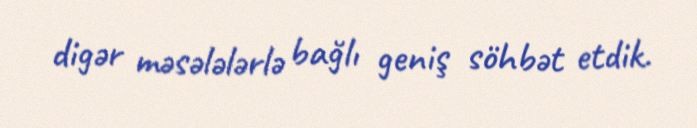
digər məsələlərlə bağlı geniş söhbət etdik.